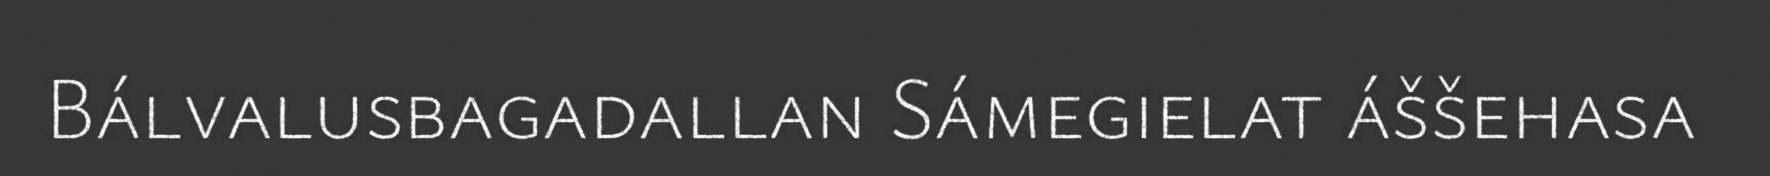
Bálvalusbagadallan Sámegielat áššehasa